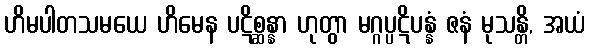
ဟိမပါတသမယေ ဟိမေန ပဋိစ္ဆန္နာ ဟုတွာ မဂ္ဂပ္ပဋိပန္နံ ဇနံ မုသန္တိ, အယံ